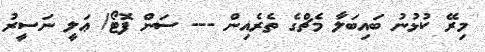
މިރޭ ކުޅުނު ބައިބަލާ މެޗްގެ ތެރެއިން --- ސަން ފޮޓޯ/ ޢަލީ ނަސީރު